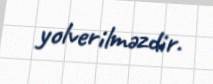
yolverilməzdir.